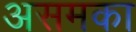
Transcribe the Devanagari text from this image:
असमका